Indian journal of veterinary science and animal husbandry - Volume 6,
Year: 1936
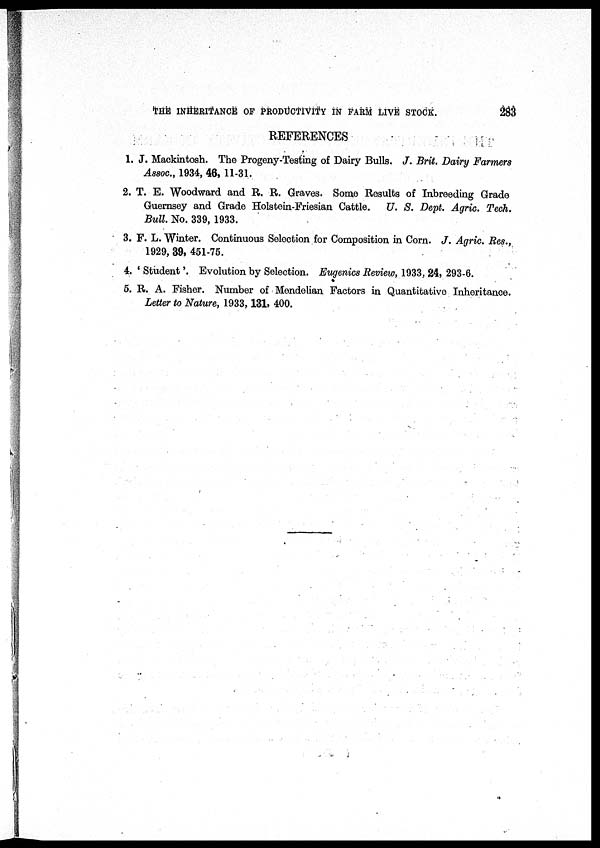
THE INHERITANCE OF PRODUCTIVITY IN FARM LIVE STOCK.
283
REFERENCES
1. J. Mackintosh. The Progeny-Testing of Dairy Bulls. J. Brit. Dairy Farmers
Assoc., 1934, 46, 11-31.
2. T. E. Woodward and R. R. Graves. Some Results of Inbreeding Grade
Guernsey and Grade Holstein-Friesian Cattle. U. S. Dept. Agric. Tech.
Bull. No. 339, 1933.
3. F. L. Winter. Continuous Selection for Composition in Corn. J. Agric. Res.,
1929, 39, 451-75.
4. ' Student'. Evolution by Selection. Eugenics Review, 1933, 24, 293-6.
5. R. A. Fisher. Number of Mendelian Factors in Quantitative Inheritance.
Letter to Nature, 1933,131, 400.